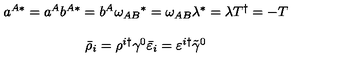
\begin{array} { c } { a ^ { A * } = a ^ { A } b ^ { A * } = b ^ { A } \omega _ { A B } { } ^ { * } = \omega _ { A B } \lambda ^ { * } = \lambda T ^ { \dagger } = - T } \\ { { } } \\ { \bar { \rho } _ { i } = \rho ^ { i \dagger } \gamma ^ { 0 } \bar { \varepsilon } _ { i } = \varepsilon ^ { i \dagger } \tilde { \gamma } ^ { 0 } } \\ \end{array}